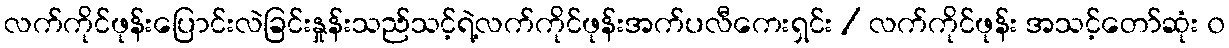
လက်ကိုင်ဖုန်းပြောင်းလဲခြင်းနှုန်းသည်သင့်ရဲ့လက်ကိုင်ဖုန်းအက်ပလီကေးရှင်း / လက်ကိုင်ဖုန်း အသင့်တော်ဆုံး ၀